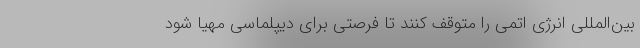
بین‌المللی انرژی اتمی را متوقف کنند تا فرصتی برای دیپلماسی مهیا شود